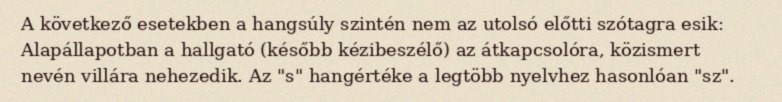
A következő esetekben a hangsúly szintén nem az utolsó előtti szótagra esik: Alapállapotban a hallgató (később kézibeszélő) az átkapcsolóra, közismert nevén villára nehezedik. Az "s" hangértéke a legtöbb nyelvhez hasonlóan "sz".